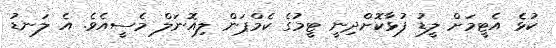
ކުޅެ އެޓީމަށް ލީޑު ފުޅާކޮށްދިނީ ޓީމުގެ ކެމްޕަން ލިއޮނަލް މެސީއެވެ. އެ ލަނޑު